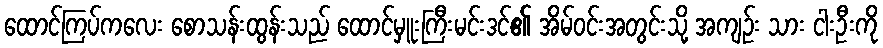
ထောင်ကြပ်ကလေး စောသန်းထွန်းသည် ထောင်မှူးကြီးမင်းဒင်၏ အိမ်ဝင်းအတွင်းသို့ အကျဉ်း သား ငါးဦးကို